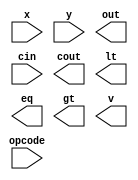
`timescale 1ns / 1ps
//////////////////////////////////////////////////////////////////////////////////
// Company: 
// Engineer: 
// 
// Design Name: 
// Module Name:    ALU16 
// Project Name: 
// Target Devices: 
// Tool versions: 
// Description: 
//
// Dependencies: 
//
// Revision: 
// Revision 0.01 - File Created
// Additional Comments: 
//
//////////////////////////////////////////////////////////////////////////////////
module ALU16(
    input [16:0] x,
    input [16:0] y,
    output [16:0] out,
    input cin,
    output cout,
    output lt,
    output eq,
    output gt,
    output v,
    input [2:0] opcode
    );


endmodule